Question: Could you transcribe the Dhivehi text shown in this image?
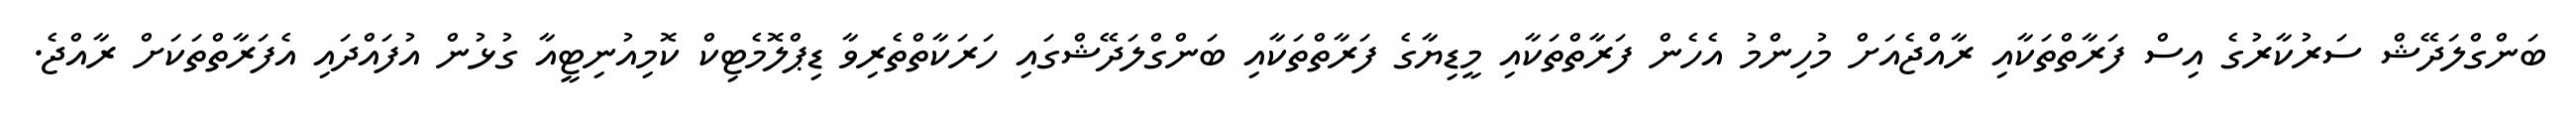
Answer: ބަންގްލަދޭޝް ސަރުކާރުގެ އިސް ފަރާތްތަކާއި ރާއްޖެއަށް މުހިންމު އެހެން ފަރާތްތަކާއި މީޑިޔާގެ ފަރާތްތަކާއި ބަންގްލަދޭޝްގައި ހަރަކާތްތެރިވާ ޑިޕްލޮމެޓިކް ކޮމިއުނިޓީއާ ގުޅުން އުފައްދައި އެފަރާތްތަކަށް ރާއްޖެ.